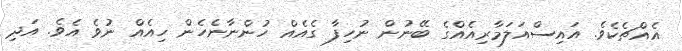
އެއްޗެކެވެ. އައިސްއަލަމާރިއެއްގެ ބޭނުން ނުހިފާ ގެއެއް ހުންނާނެހެން ހިއެއް ނުވެ އެވެ. އަދި